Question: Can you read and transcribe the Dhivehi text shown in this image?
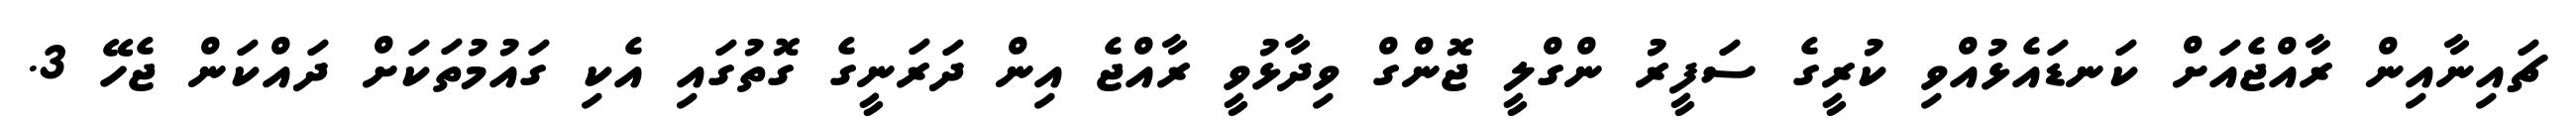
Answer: ޗައިނާއިން ރާއްޖެއަށް ކަނޑައެޅުއްވި ކުރީގެ ސަފީރު ންގްލީ ޖޮންގް ވިދާޅުވީ ރާއްޖެ އިން ދަރަނީގެ ގޮތުގައި އެކި ގައުމުތަކަށް ދައްކަން ޖެހޭ 3.